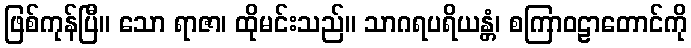
ဖြစ်ကုန်ပြီ။ သော ရာဇာ၊ ထိုမင်းသည်။ သာဂရပရိယန္တံ၊ စကြာဝဠာတောင်ကို